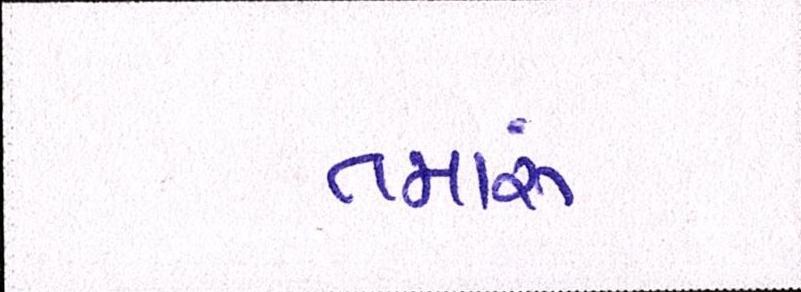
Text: તમારું